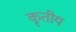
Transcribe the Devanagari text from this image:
कृतीय